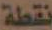
نقطة